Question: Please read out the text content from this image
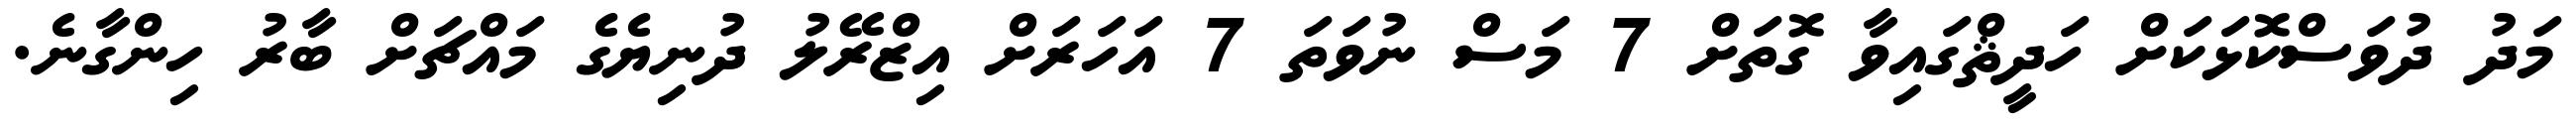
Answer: މަދު ދުވަސްކޮޅަކަށް ހަދީޘްގައިވާ ގޮތަށް 7 މަސް ނުވަތަ 7 އަހަރަށް އިޒްރޭލު ދުނިޔެގެ މައްޗަށް ބާރު ހިންގާނެ.